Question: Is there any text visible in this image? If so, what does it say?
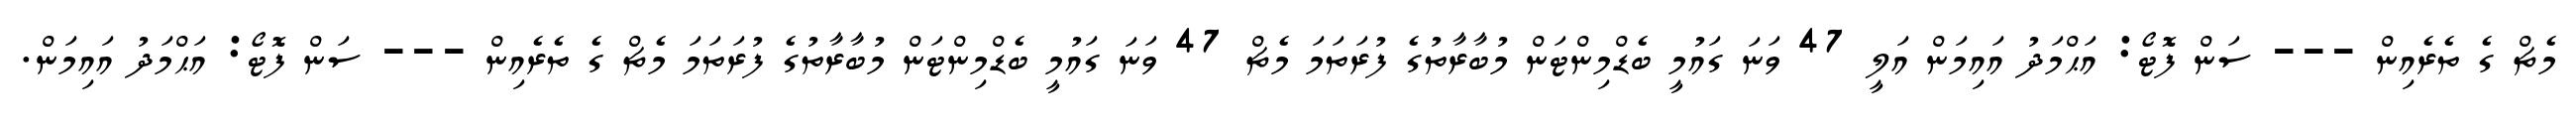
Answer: މެޗް ގެ ތެރެއިން --- ސަން ފޮޓޯ: އަޙްމަދު އައިމަން އަލީ 47 ވަނަ ގައުމީ ބެޑްމިންޓަން މުބާރާތުގެ ފުރަތަމަ މެޗް 47 ވަނަ ގައުމީ ބެޑްމިންޓަން މުބާރާތުގެ ފުރަތަމަ މެޗް ގެ ތެރެއިން --- ސަން ފޮޓޯ: އަޙްމަދު އައިމަން.